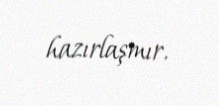
hazırlaşmır.